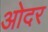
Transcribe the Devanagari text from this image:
ओदर